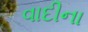
વાદીના